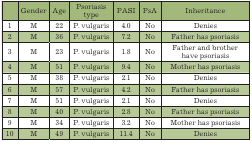
<table><thead><tr><td></td><td><b>Gender</b></td><td><b>Age</b></td><td><b>Psoriasis type</b></td><td><b>PASI</b></td><td><b>PsA</b></td><td><b>Inheritance</b></td></tr></thead><tbody><tr><td>1</td><td>M</td><td>22</td><td>P. vulgaris</td><td>4.0</td><td>No</td><td>Denies</td></tr><tr><td>2</td><td>M</td><td>36</td><td>P. vulgaris</td><td>7.2</td><td>No</td><td>Father has psoriasis</td></tr><tr><td>3</td><td>M</td><td>23</td><td>P. vulgaris</td><td>1.8</td><td>No</td><td>Father and brother have psoriasis</td></tr><tr><td>4</td><td>M</td><td>51</td><td>P. vulgaris</td><td>9.4</td><td>No</td><td>Mother has psoriasis</td></tr><tr><td>5</td><td>M</td><td>38</td><td>P. vulgaris</td><td>2.1</td><td>No</td><td>Denies</td></tr><tr><td>6</td><td>M</td><td>57</td><td>P. vulgaris</td><td>4.2</td><td>No</td><td>Father has psoriasis</td></tr><tr><td>7</td><td>M</td><td>51</td><td>P. vulgaris</td><td>2.1</td><td>No</td><td>Denies</td></tr><tr><td>8</td><td>M</td><td>40</td><td>P. vulgaris</td><td>2.8</td><td>No</td><td>Father has psoriasis</td></tr><tr><td>9</td><td>M</td><td>34</td><td>P. vulgaris</td><td>3.2</td><td>No</td><td>Mother has psoriasis</td></tr><tr><td>10</td><td>M</td><td>49</td><td>P. vulgaris</td><td>11.4</td><td>No</td><td>Denies</td></tr></tbody></table>